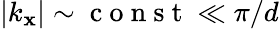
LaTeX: |k_{\mathbf{x}}|\sim\mathrm{{~c~o~n~s~t~}}\ll\pi/d